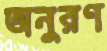
অনুরণ